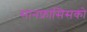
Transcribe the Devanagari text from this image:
सानफ्रांसिसको